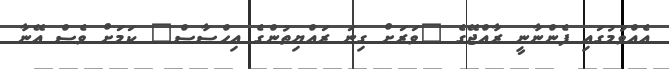
އެއްވުމުގައި ފެންނާނީ ރާއްޖޭގެ "ވަރަށް ގިނަ ރައްޔިތުންގެ އިހްސާސް" ކަމަށް ވެސް އޭނާ